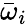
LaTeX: \bar{\omega}_{i}